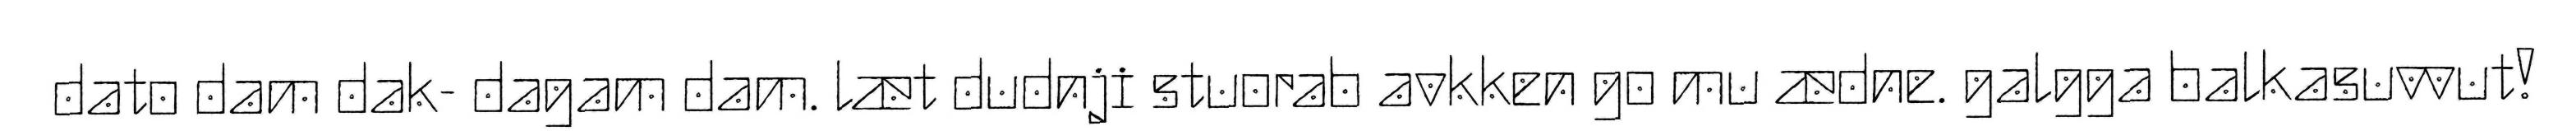
dato dam dak- dagam dam. læt dudnji stuorab avkken go mu ædne. galgga balkasuvvut!